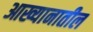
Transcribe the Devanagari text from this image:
आख्यानातील